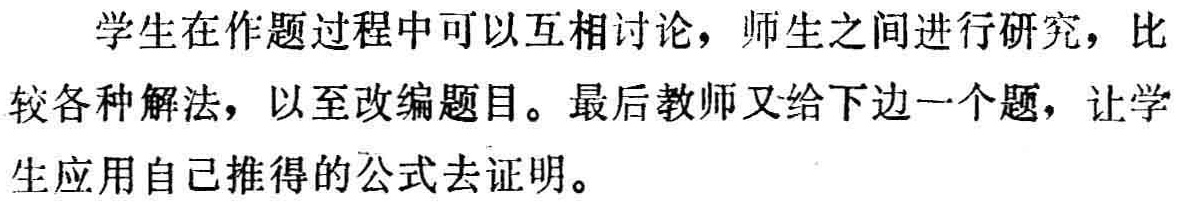
学生在作题过程中可以互相讨论，师生之间进行研究，比较各种解法，以至改编题目。最后教师又给下边一个题，让学生应用自己推得的公式去证明。